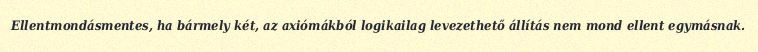
Ellentmondásmentes, ha bármely két, az axiómákból logikailag levezethető állítás nem mond ellent egymásnak.